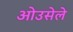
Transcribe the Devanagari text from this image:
ओउसेले